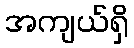
အကျယ်ရှိ